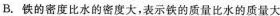
B.铁的密度比水的密度大，表示铁的质量比水的质量大